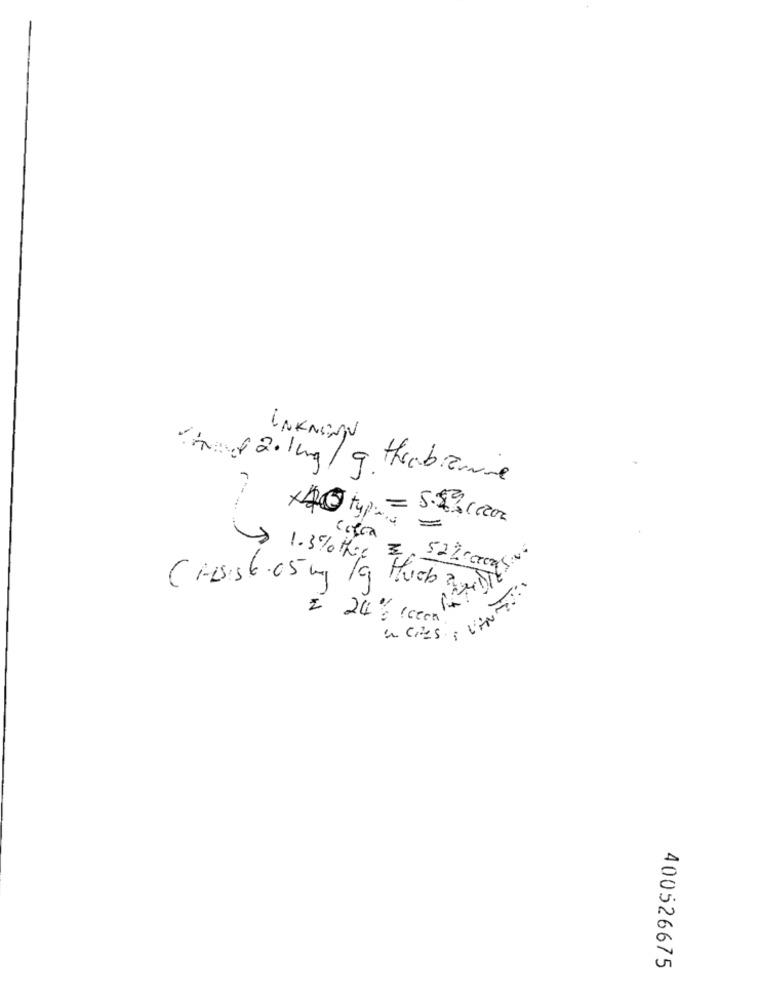
UNKNOWN
2.1mg/9 thrubanne
circa
> 1.3% the 3, 52% (real
Crisis 6.65mg 19 Huch anoTt
2 24 Iceen
400526675